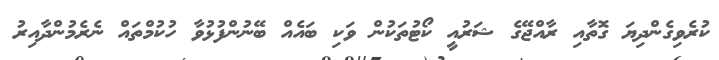
ކުރެވިގެންދިޔަ ގޮތާއި ރާއްޖޭގެ ޝަރުއީ ކޯޓުތަކުން ވަކި ބައެއް ބޭނުންފުޅުވާ ހުކުމްތައް ނެރެމުންދާއިރު